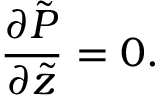
\frac { \partial \tilde { P } } { \partial \tilde { z } } = 0 .